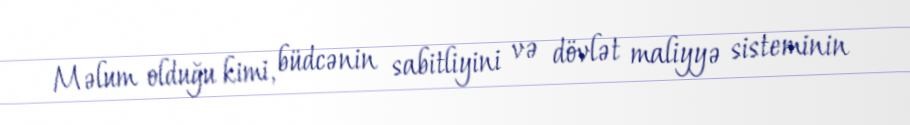
Məlum olduğu kimi, büdcənin sabitliyini və dövlət maliyyə sisteminin